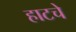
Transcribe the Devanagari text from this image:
हाटचे